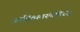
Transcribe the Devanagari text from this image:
जातिव्यवस्थेविरुद्ध